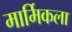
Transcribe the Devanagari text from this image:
मार्मिकला